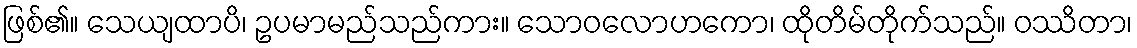
ဖြစ်၏။ သေယျထာပိ၊ ဥပမာမည်သည်ကား။ သောဝလောဟကော၊ ထိုတိမ်တိုက်သည်။ ဝဿိတာ၊